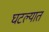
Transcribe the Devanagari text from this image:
घटल्यात